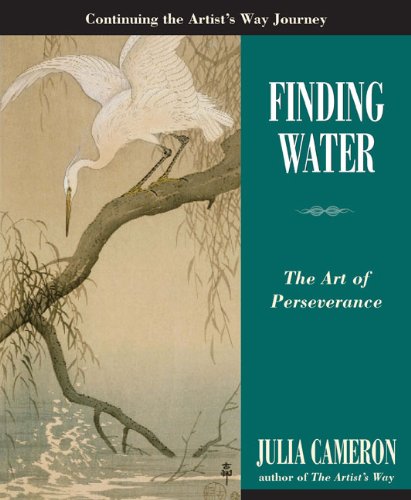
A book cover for Finding Water: The Art of Perseverance (Artist's Way); Julia Cameron; Health, Fitness & Dieting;